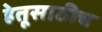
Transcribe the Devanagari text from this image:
हेतूसाठीच